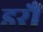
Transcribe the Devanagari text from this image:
डरौं